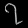
Digit: ၇